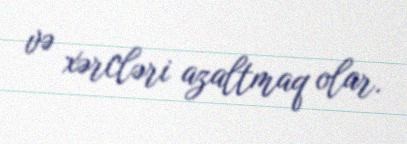
və xərcləri azaltmaq olar.